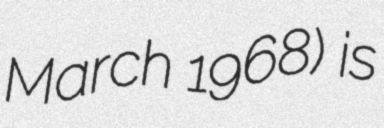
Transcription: March 1968) is